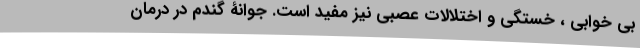
بی خوابی ، خستگی و اختلالات عصبی نیز مفید است. جوانۀ گندم در درمان